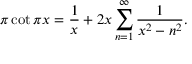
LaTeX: \pi \cot \pi x = { \frac { 1 } { x } } + 2 x \sum _ { n = 1 } ^ { \infty } { \frac { 1 } { x ^ { 2 } - n ^ { 2 } } } .